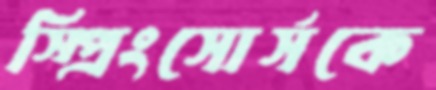
স্প্রিংসোর্সকে